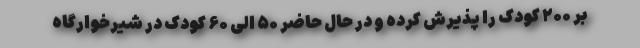
بر ۲۰۰ کودک را پذیرش کرده و در حال حاضر ۵۰ الی ۶۰ کودک در شیرخوارگاه